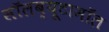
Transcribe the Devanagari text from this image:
सॉलब्यूटामॉल